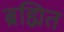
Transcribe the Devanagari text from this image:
ब्रह्मित